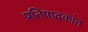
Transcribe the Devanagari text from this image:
प्रतिपादकांत